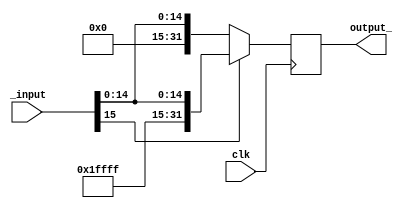
module signExtend(_input, output_, clk);
	input [15:0] _input;						//Entrada
	output reg [31:0] output_;					//Saida
	input clk;
	always @ (posedge clk) begin	
		if(_input[15])							//Verificar o primeiro bit
			output_ = {{16{1'b1}}, _input};		//Caso o primeiro bit seja 1
		else
			output_ = {{16{1'b0}}, _input};		//Caso o primeiro bit seja 0
	end
endmodule